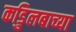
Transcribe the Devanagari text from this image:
कडुिलबाच्या